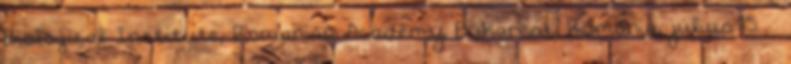
Biological Institute, Romanian Academy, Bukarest, Románia, július 15. –